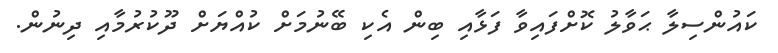
ކައުންސިލާ ޙަވާލު ކޮށްފައިވާ ފަޅާއި ބިން އެކި ބޭނުމަށް ކުއްޔަށް ދޫކުރުމާއި ދިނުން.